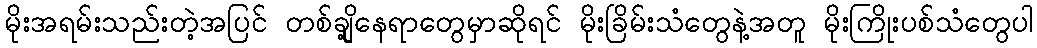
မိုးအရမ်းသည်းတဲ့အပြင် တစ်ချို့နေရာတွေမှာဆိုရင် မိုးခြိမ်းသံတွေနဲ့အတူ မိုးကြိုးပစ်သံတွေပါ